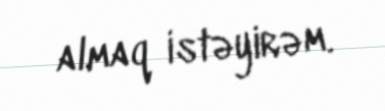
almaq istəyirəm.